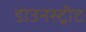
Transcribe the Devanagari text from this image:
डाउनस्ट्रीट